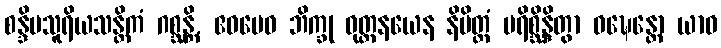
စန္ဒိမသူရိယသန္တိကံ ဂစ္ဆန္တိ, ဧဝမေဝ ဘိက္ခု ဝုတ္တနယေန နိမိတ္တံ ပရိစ္ဆိန္ဒိတွာ ဝဍ္ဎေန္တော ယာဝ